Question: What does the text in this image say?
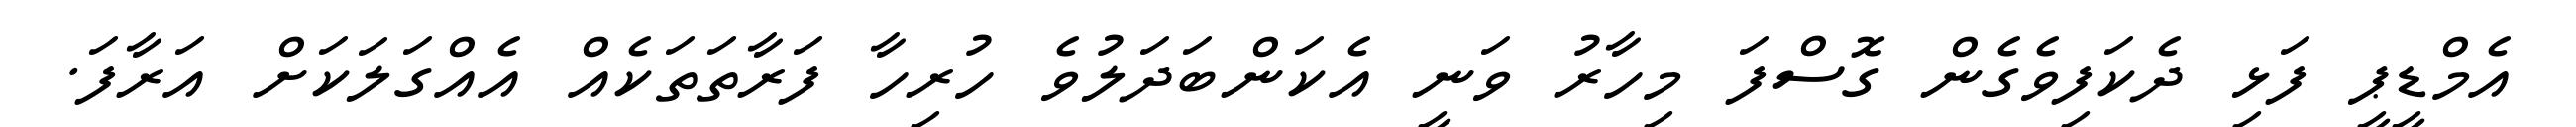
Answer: އެމްޑީޕީ ފަޅި ދެކަފިވެގެން ގޮސްފަ މިހާރު ވަނީ އެކަންބަދަލުވެ ހުރިހާ ފަރާތަތަކެއް އެއްގަލަކަށް އަރާފަ.